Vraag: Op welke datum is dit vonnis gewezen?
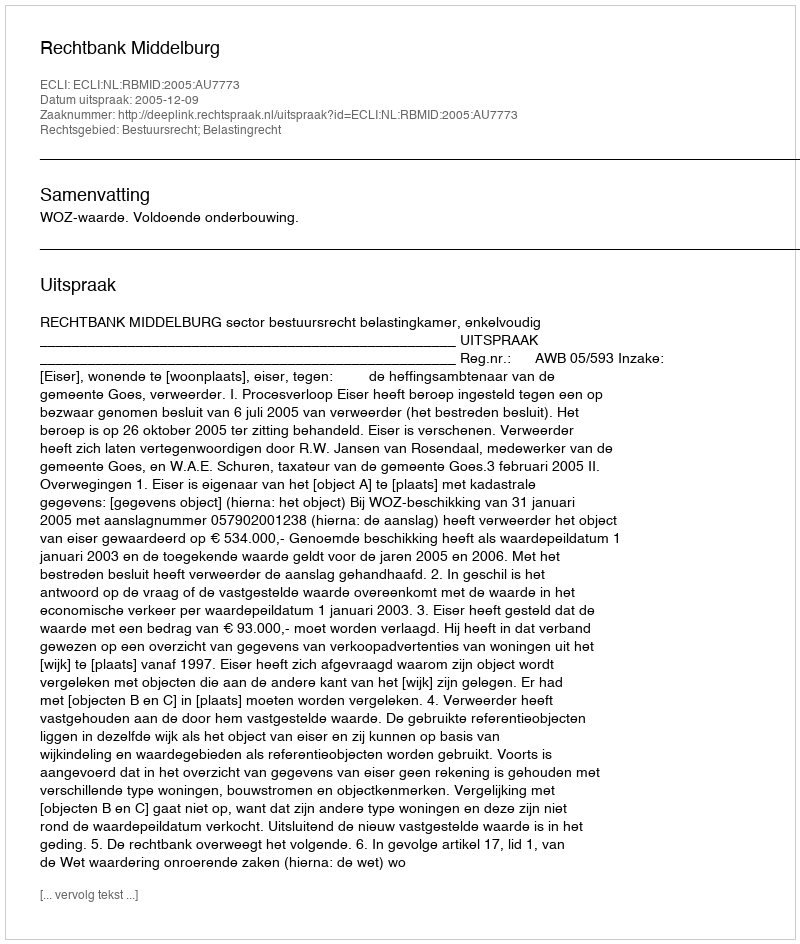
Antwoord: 2005-12-09